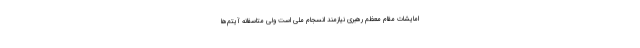
امایشات مقام معظم رهبری نیازمند انسجام ملی است ولی متاسفانه آیتم‌ها